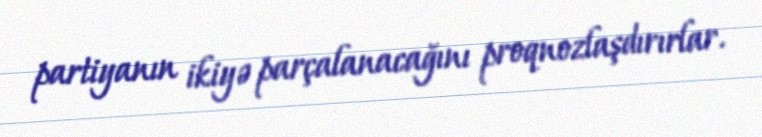
partiyanın ikiyə parçalanacağını proqnozlaşdırırlar.